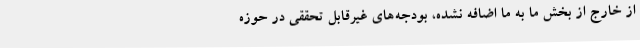
از خارج از بخش ما به ما اضافه نشده، بودجه‌های غیرقابل تحققی در حوزه